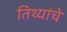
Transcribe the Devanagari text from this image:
तिथ्यांचे